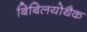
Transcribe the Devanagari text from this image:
बिबिलयोथैक